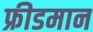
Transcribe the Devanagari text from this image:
फ्रीडमान